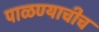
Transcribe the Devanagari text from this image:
पाळण्याचीच